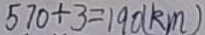
5 7 0 \div 3 = 1 9 0 ( k m )